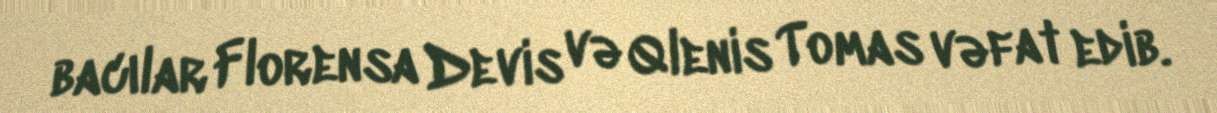
bacılar Florensa Devis və Qlenis Tomas vəfat edib.